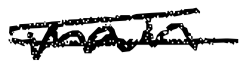
Text: main
Cross-out: double-line
Writing tool: digital_black